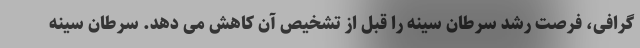
گرافی، فرصت رشد سرطان سینه را قبل از تشخیص آن کاهش می دهد. سرطان سینه